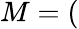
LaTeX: M=(